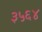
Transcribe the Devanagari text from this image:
३५६४